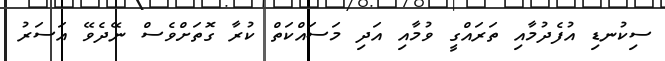
ސިކުނޑި އުފެދުމާއި ތަރައްގީ ވުމާއި އަދި މަސައްކަތް ކުރާ ގޮތަށްވެސް ނޭދެވޭ އަސަރު